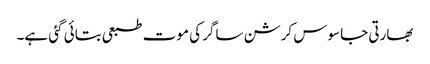
بھارتی جاسوس کرشن ساگر کی موت طبعی بتائی گئی ہے۔